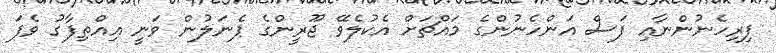
ފިރިހެނުންނާއި ފަސް އަންހެނުންގެ މައްޗަށް އެކުލެވޭ ޖޫރީންގެ ޕެނަލުން ވަނީ އިއްތިފާގު ވެފަ